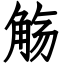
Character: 觞